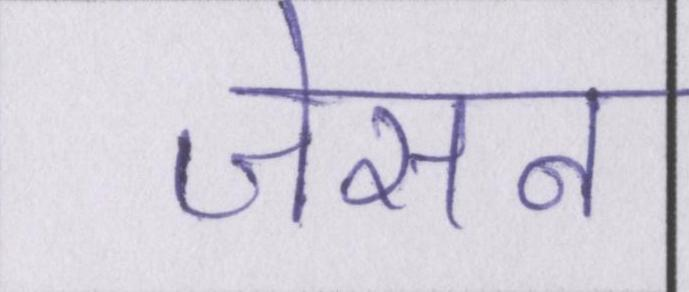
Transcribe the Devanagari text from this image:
जेसन